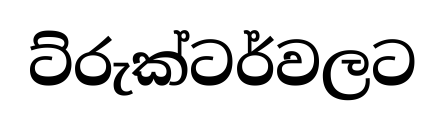
ට්රුක්ටර්වලට